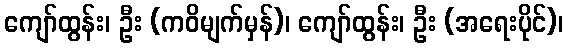
ကျော်ထွန်း၊ ဦး (ကဝိမျက်မှန်)၊ ကျော်ထွန်း၊ ဦး (အရေးပိုင်)၊